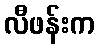
လီဖန်းက